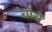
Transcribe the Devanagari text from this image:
चोस